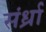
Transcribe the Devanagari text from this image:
संर्ध्रा